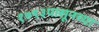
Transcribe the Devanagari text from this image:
१७९३पासूनच्या